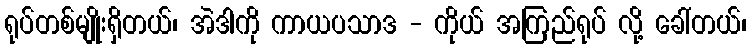
ရုပ်တစ်မျိုးရှိတယ်၊ အဲဒါကို ကာယပသာဒ - ကိုယ် အကြည်ရုပ် လို့ ခေါ်တယ်၊